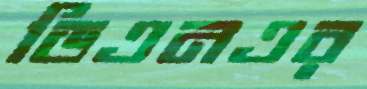
ডিএনএর